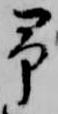
予